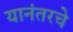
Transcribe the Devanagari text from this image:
यानंतरचे